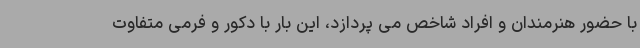
با حضور هنرمندان و افراد شاخص می پردازد، این بار با دکور و فرمی متفاوت